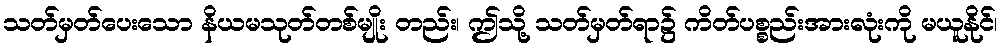
သတ်မှတ်ပေးသော နိယမသုတ်တစ်မျိုး တည်း၊ ဤသို့ သတ်မှတ်ရာ၌ ကိတ်ပစ္စည်းအားလုံးကို မယူနိုင်၊